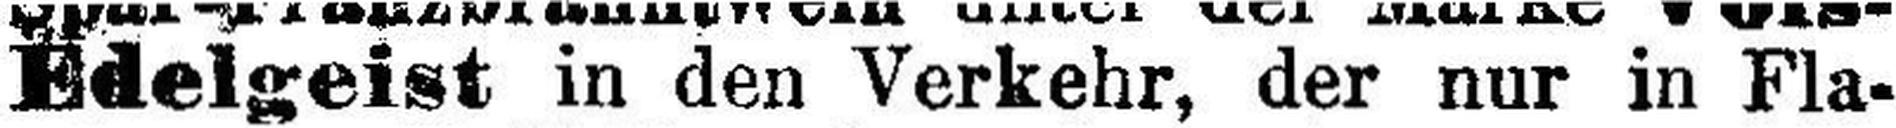
Edelgeist in den Verkehr, der nur in Fla¬